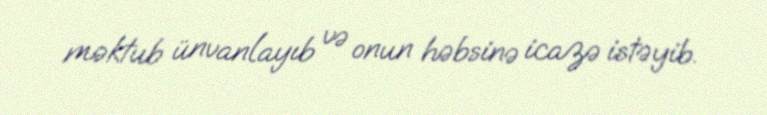
məktub ünvanlayıb və onun həbsinə icazə istəyib.